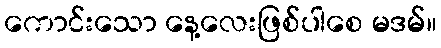
ကောင်းသော နေ့လေးဖြစ်ပါစေ မဒမ်။